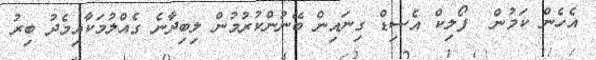
އެހެން ކަމުން  ފޯލިކް އެސިޑް ގިނައިން ބޭނުންކުރުމުން ލިބިދާނެ ގެއްލުމަކާއިމެދު ބިރު